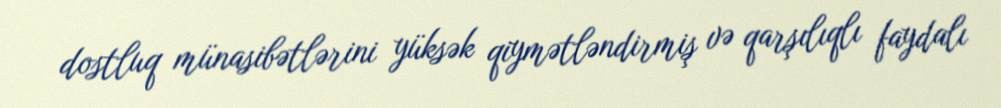
dostluq münasibətlərini yüksək qiymətləndirmiş və qarşılıqlı faydalı